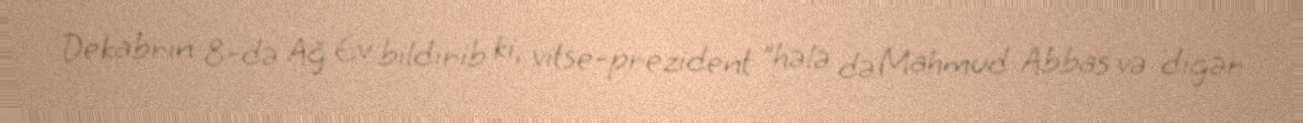
Dekabrın 8-də Ağ Ev bildirib ki, vitse-prezident "hələ də Mahmud Abbas və digər